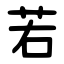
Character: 若